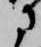
に